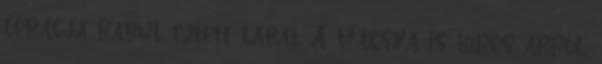
lerágja rabul ejtett lábát. A macska is híres arról,